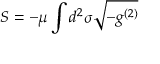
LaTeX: S = - \mu \int d ^ { 2 } \sigma \sqrt { - g ^ { ( 2 ) } }